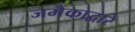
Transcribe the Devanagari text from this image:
जमैकाद्वारे